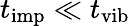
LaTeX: t_{\mathrm{imp}}\ll t_{\mathrm{vib}}